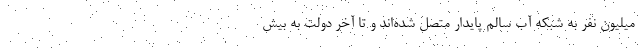
میلیون نفر به شبکه آب سالم پایدار متصل شده‌اند و تا آخر دولت به بیش